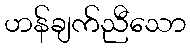
ဟန်ချက်ညီသော